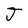
Character: J